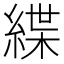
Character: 緤